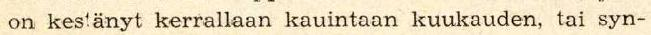
on kestänyt kerrallaan kauintaan kuukauden, tai syn-